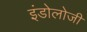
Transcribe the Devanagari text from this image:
इंडोलोजी